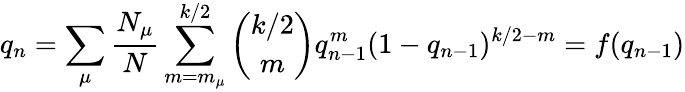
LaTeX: q_{n}=\sum_{\mu}\frac{N_{\mu}}{N}\sum_{m=m_{\mu}}^{k/2}\binom{k/2}{m}q_{n-1}^{m}(1-q_{n-1})^{k/2-m}=f(q_{n-1})